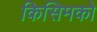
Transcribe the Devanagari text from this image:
किसिमको